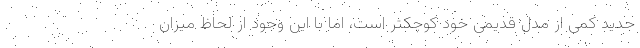
جدید کمی از مدل قدیمی خود کوچکتر است، اما با این وجود از لحاظ میزان